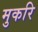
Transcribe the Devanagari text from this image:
मुकरि